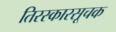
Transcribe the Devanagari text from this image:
तिरस्कारसूचक